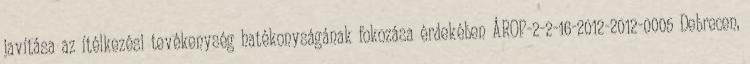
javítása az ítélkezési tevékenység hatékonyságának fokozása érdekében ÁROP-2-2-16-2012-2012-0005 Debrecen,